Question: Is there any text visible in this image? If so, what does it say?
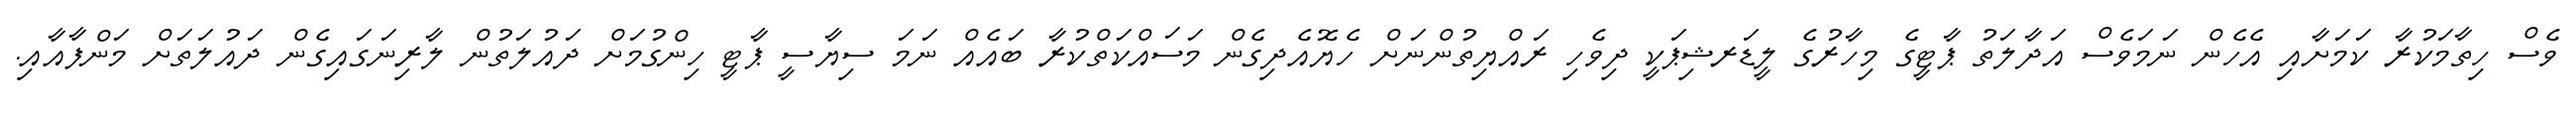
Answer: ވެސް ހިތާމަކުރާ ކަމަށާއި އެހެން ނަމަވެސް އަދާލަތު ޕާޓީގެ މިހާރުގެ ލީޑަރޝިޕަކީ ދިވެހި ރައްޔިތުންނަށް ހެޔޮއެދިގެން މަސައްކަތްކުރާ ބައެއް ނަމަ ސިޔާސީ ޕާޓީ ހިންގުމަށް ދައުލަތުން ލާރިނަގައިގެން ދައުލަތަށް މަންފާއާއި.